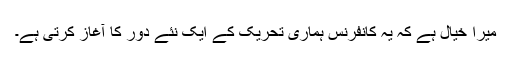
میرا خیال ہے کہ یہ کانفرنس ہماری تحریک کے ایک نئے دور کا آغاز کرتی ہے۔